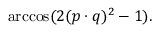
\operatorname { a r c c o s } ( 2 ( p \cdot q ) ^ { 2 } - 1 ) .